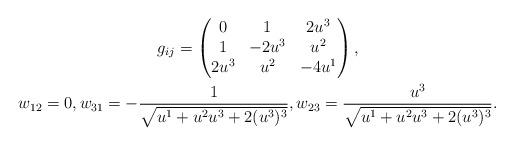
LaTeX: \begin{gather*}g_{ij}=\begin{pmatrix}0 & 1 & 2 u^{3} \\1 & -2 u^{3} & u^{2} \\2 u^{3} & u^{2} & -4 u^{1}\end{pmatrix}, \\w_{12} = 0 ,w_{31}=-\frac{1}{ \sqrt{u^{1} +u^{2} u^{3} +2 (u^{3})^{3}}},w_{23}=\frac{u^{3}}{ \sqrt{u^{1} +u^{2} u^{3} +2 (u^{3})^{3}}}.\end{gather*}